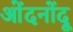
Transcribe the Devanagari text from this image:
ओंदनोंदू